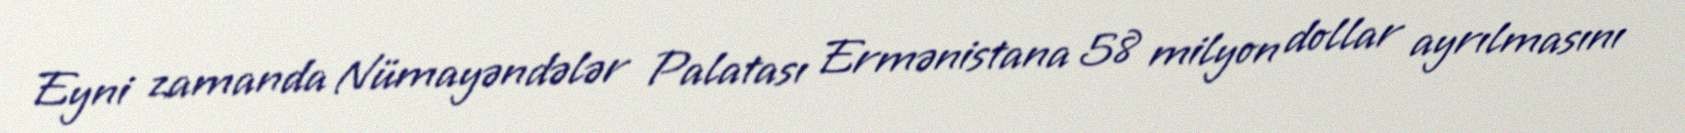
Eyni zamanda Nümayəndələr Palatası Ermənistana 58 milyon dollar ayrılmasını